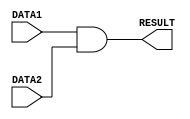

// E19205, E19210
// Group 32

//The AND functional unit performs the logical AND operation on the two 8-bit numbers given in DATA1 and DATA2 and sends the answer to the RESULT output
//Contains a delay of 1 time unit
module AND(DATA1, DATA2, RESULT);

	//Input port declaration
	input [7:0] DATA1, DATA2;
	
	//Declaration of output port
	output [7:0] RESULT;
	
	//Assigns logical AND result of DATA1 and DATA2 to RESULT after 1 time unit delay
	assign #1 RESULT = DATA1 & DATA2;
	
endmodule